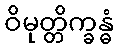
ဝိမုတ္တိက္ခန္ဓံ